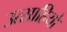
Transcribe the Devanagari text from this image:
उत्साहियो